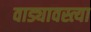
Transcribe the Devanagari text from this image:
वाड्यावस्त्या